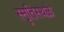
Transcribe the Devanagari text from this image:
स्मृतिस्थळे